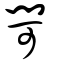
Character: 閜